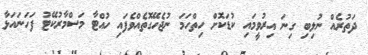
ދަތުރެއް ނުލިބި ގިނަ އިރުވީމައި ކުޑަކޮށް ހިތްހަމަ ނުޖެހޭގޮތެއްވެފައި ހުއްޓާ މަސްމާރުކޭޓު ފަހަނައަޅާ